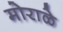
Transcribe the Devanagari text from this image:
मोराळे